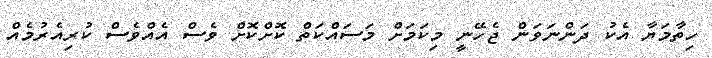
ހިތާމަޔާ އެކު ދަންނަވަން ޖެހޭނީ މިކަމަށް މަސައްކަތް ކޮށްކޮށް ވެސް އެއްވެސް ކުރިއެރުމެއް